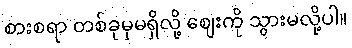
စားစရာ တစ်ခုမှမရှိလို့ ဈေးကို သွားမလို့ပါ။